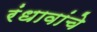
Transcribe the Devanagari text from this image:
रंधावांचे